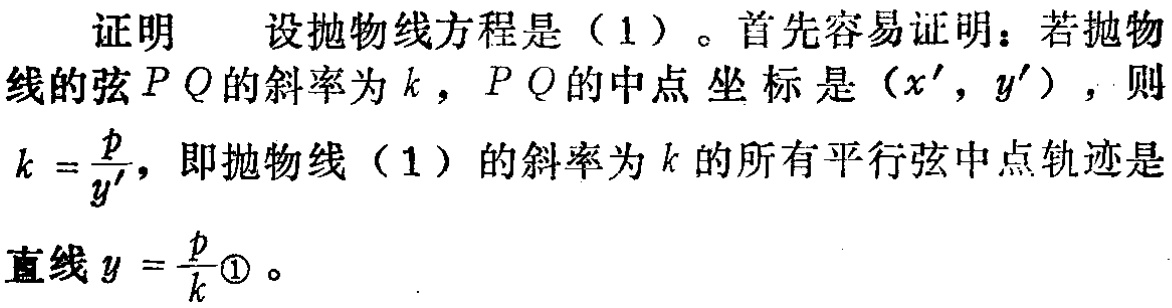
证明 设抛物线方程是（1）。首先容易证明：若抛物线的弦 \(PQ\) 的斜率为 \(k\)，\(PQ\) 的中点 坐标是 \((x',y')\)，则 \(k = \frac{p}{y'}\)，即抛物线（1）的斜率为 \(k\) 的所有平行弦中点轨迹是直线 \(y = \frac{p}{k}\textcircled{1}\)。